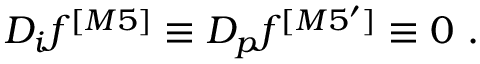
D _ { i } f ^ { [ M 5 ] } \equiv D _ { p } f ^ { [ M 5 ^ { \prime } ] } \equiv 0 ~ .